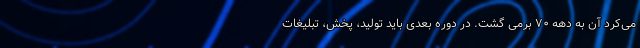
می‌کرد آن به دهه ۷۰ برمی گشت. در دوره بعدی باید تولید، پخش، تبلیغات